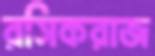
রসিকরাজ